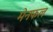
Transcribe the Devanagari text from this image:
मेनफल